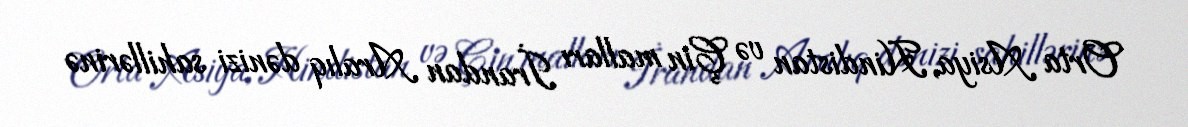
Orta Asiya, Hindistan və Çin malları İrandan Aralıq dənizi sahillərinə